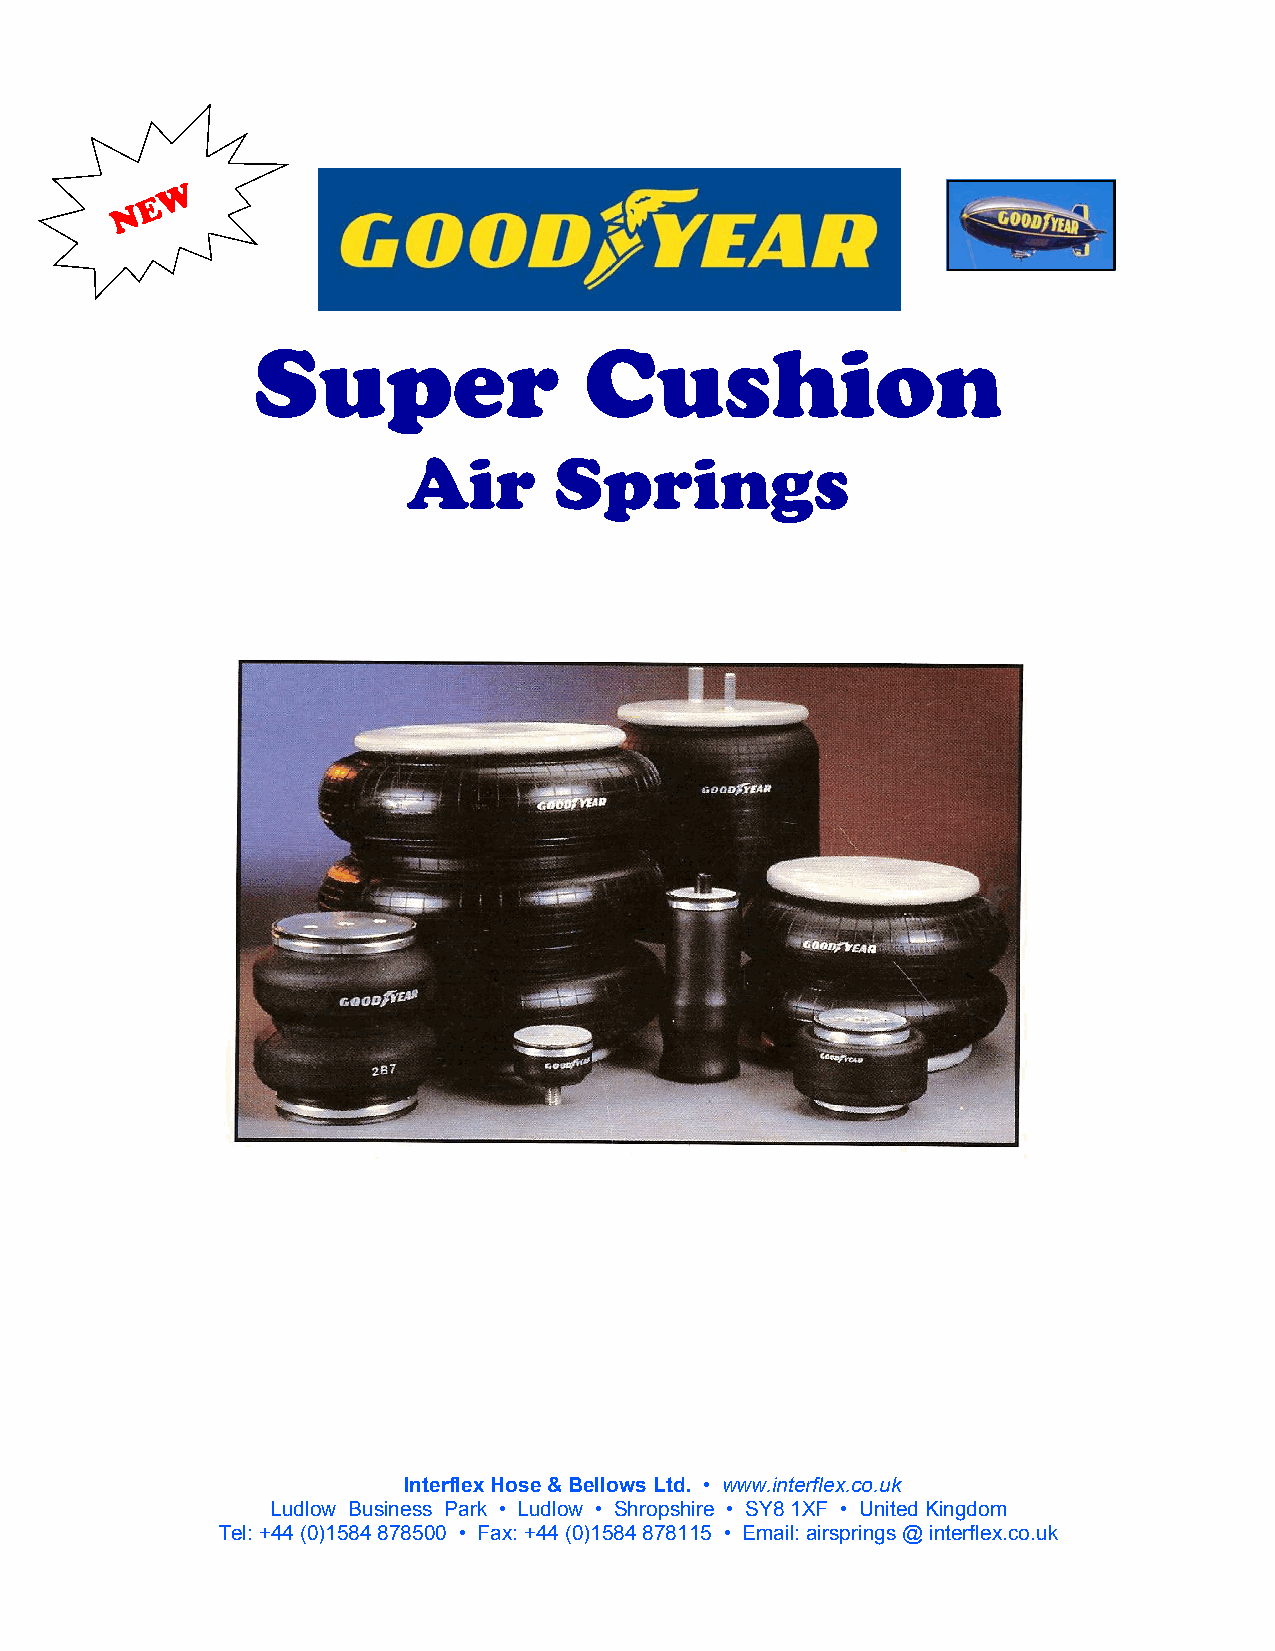
W
 E
 N
 Super                 Cushion
 Air       Springs
 Interflex Hose & Bellows Ltd. • www.interflex.co.uk
 Ludlow Business Park • Ludlow • Shropshire • SY8 1XF • United Kingdom
 Tel: +44 (0)1584 878500 • Fax: +44 (0)1584 878115 • Email: airsprings @ interflex.co.uk